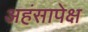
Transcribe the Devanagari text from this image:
अहंसापेक्ष